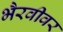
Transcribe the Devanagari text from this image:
भैरवीवर